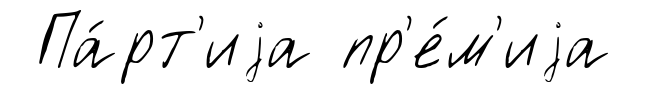
Па́рт'иjа пр'е́м'иjа